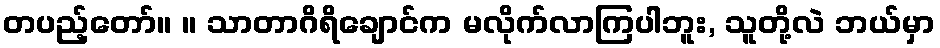
တပည့်တော်။ ။ သာတာဂိရိချောင်က မလိုက်လာကြပါဘူး, သူတို့လဲ ဘယ်မှာ